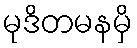
မုဒိတမနမှိ